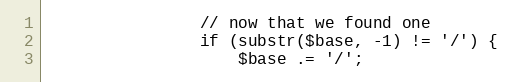
Language: PHP
                // now that we found one
                if (substr($base, -1) != '/') {
                    $base .= '/';